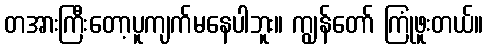
တအားကြီးတော့ပူကျက်မနေပါဘူး။ ကျွန်တော် ကြုံဖူးတယ်။